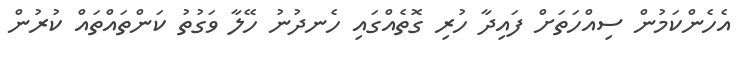
އެހެންކަމުން ސިއްހަތަށް ފައިދާ ހުރި ގޮތެއްގައި ހެނދުނު ހޭލާ ވަގުތު ކަންތައްތައް ކުރުން